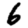
Digit: 6